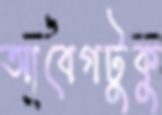
আবেগটুকু